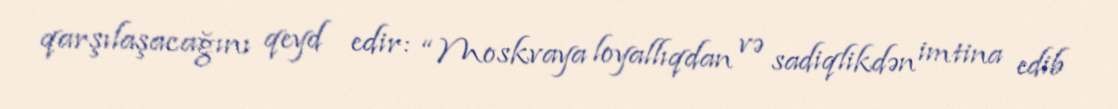
qarşılaşacağını qeyd edir: “Moskvaya loyallıqdan və sadiqlikdən imtina edib